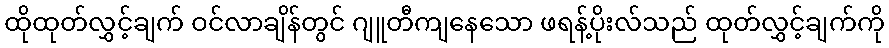
ထိုထုတ်လွှင့်ချက် ဝင်လာချိန်တွင် ဂျူတီကျနေသော ဖရန့်ပိုးလ်သည် ထုတ်လွှင့်ချက်ကို